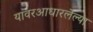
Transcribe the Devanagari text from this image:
यावरआधारलेल्या